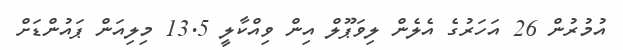
އުމުރުން 26 އަހަރުގެ އެލެން ލިވަޕޫލް އިން ވިއްކާލީ 13.5 މިލިއަން ޕައުންޑަށް